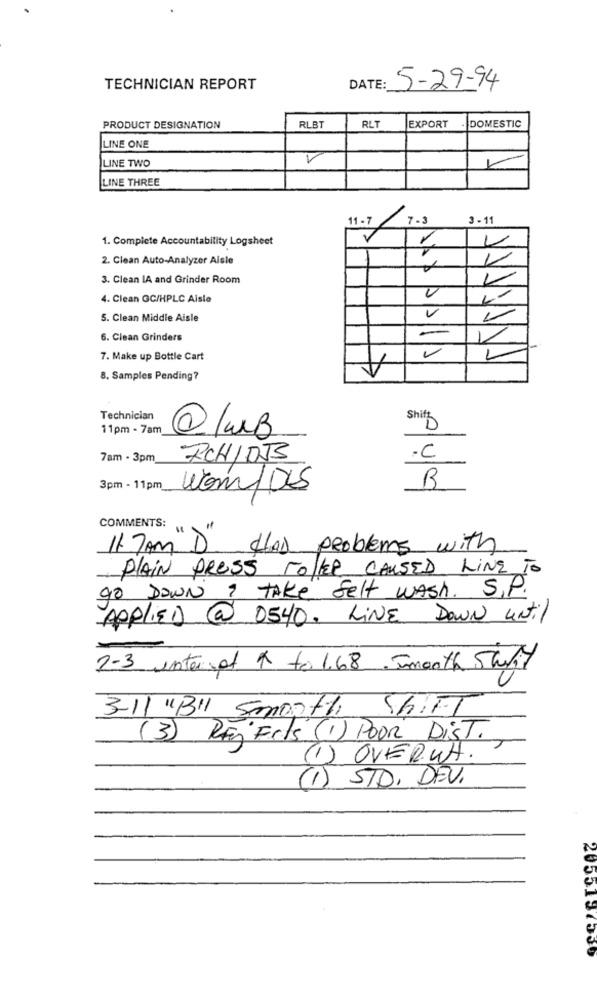
TECHNICIAN REPORT
DATE: 5-29-94
RLT
DOMESTIC
PRODUCT DESIGNATION
RLBT
EXPORT
LINE ONE
LINE TWO
LINE THREE
11-7
7.3
3 - 11
1. Complete Accountability Logsheet
2. Clean Auto-Analyzer Aisle
1
3. Clean IA and Grinder Room
4. Clean GC/HPLC Aisle
V
5. Clean Middle Aisle
6. Clean Grinders
-
-
7. Make up Bottle Cart
8. Samples Pending?
Technician
Shift
11pm - 7am
@lwB
7am - 3pm
RCHIDJS
. C
R
3pm - 11pm
Wom/DIS
COMMENTS:
11.7 AM D HAD problems with
PLAIN press roller CAUSED Line To
90 DOWN ? TAKE Selt wash. S.P.
APPLIED @ DE40. LINE DOWN until
2-3 unter ot x to 1.68 -month Short
SHIFT
3-11 "B" Smooth
(3) RE Fets (1) POOR DiST.
1 OVERUH.
(1) STD, DEV.
2055187550